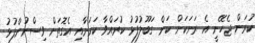
ކުރަން ޖެހޭނީ އެ ރަށަކަށް ކަން ގަބޫލުފުޅު ކުރައްްވާ ކަމަށާއި އެގޮތަށް ވިސްނުންފުޅު